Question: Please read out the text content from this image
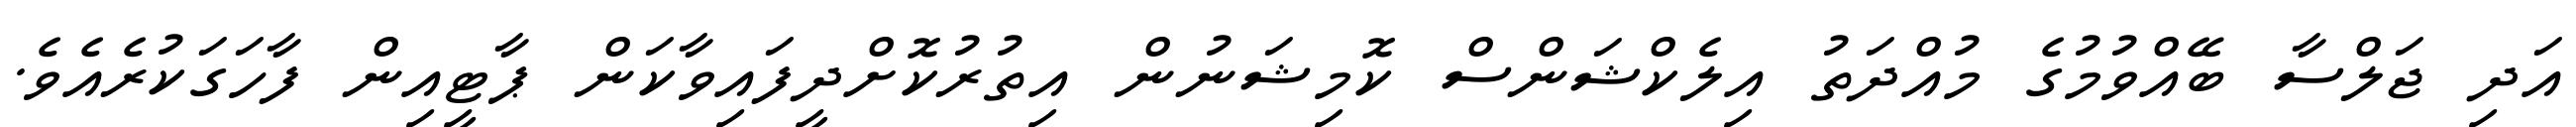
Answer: އަދި ޖަލްސާ ބޭއްވުމުގެ މުއްދަތު އިލެކްޝަންސް ކޮމިޝަނުން އިތުރުކޮށްދީފައިވާކަން ޕާޓީއިން ފާހަގަކުރެއެވެ.